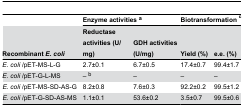
<table><thead><tr><td></td><td colspan="2"><b>Enzyme activities <sup>a</sup></b></td><td colspan="2"><b>Biotransformation <sup>c</sup></b></td></tr><tr><td><b>Recombinant <i>E. coli</i></b></td><td><b>Reductase activities (U/mg)</b></td><td><b>GDH activities (U/mg)</b></td><td><b>Yield (%)</b></td><td><b>e.e. (%)</b></td></tr></thead><tbody><tr><td><i>E. coli</i> /pET-MS-L-G</td><td>2.7±0.1</td><td>6.7±0.5</td><td>17.4±0.7</td><td>99.4±1.7</td></tr><tr><td><i>E. coli</i> /pET-G-L-MS</td><td>– <sup>b</sup></td><td>–</td><td>–</td><td>–</td></tr><tr><td><i>E. coli</i> /pET-MS-SD-AS-G</td><td>8.2±0.8 </td><td>7.6±0.3</td><td>92.2±0.2</td><td>99.5±1.2</td></tr><tr><td><i>E. coli</i> /pET-G-SD-AS-MS</td><td>1.1±0.1</td><td>53.6±0.2</td><td>3.5±0.7</td><td>99.5±0.6</td></tr></tbody></table>